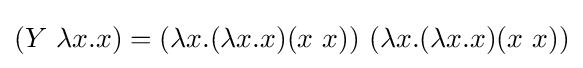
(Y\ \lambda x.x)=(\lambda x.(\lambda x.x)(x\ x))\ (\lambda x.(\lambda x.x)(x\ x))